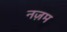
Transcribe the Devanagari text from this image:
नज़म